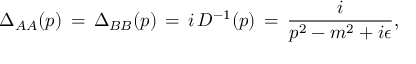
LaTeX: \Delta _ { A A } ( p ) \, = \, \Delta _ { B B } ( p ) \, = \, i \, { \cal D } ^ { - 1 } ( p ) \, = \, \frac { i } { p ^ { 2 } - m ^ { 2 } + i \epsilon } ,